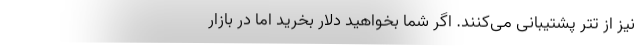
نیز از تتر پشتیبانی می‌کنند. اگر شما بخواهید دلار بخرید اما در بازار